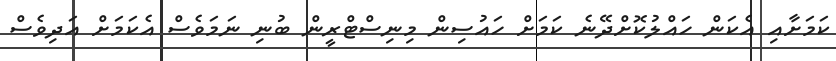
ކަމަށާއި އެކަން ހައްލުކޮށްދޭނެ ކަމަށް ހައުސިން މިނިސްޓްރީން ބުނި ނަމަވެސް އެކަމަށް އަދިވެސް